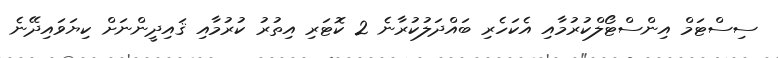
ސިސްޓަމް އިންސްޓޯލްކުރުމާއި އެކަހެރި ބައްދަލުކުރާނެ 2 ކޮޓަރި އިތުރު ކުރުމާއި ޤައިދީންނަށް ކިޔަވައިދޭނެ